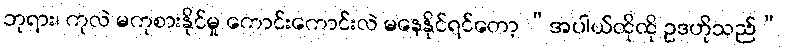
ဘုရား၊ ကုလဲ မကုစားနိုင်မှု ကောင်းကောင်းလဲ မနေနိုင်ရင်တော့ “အပါယ်ထိုထို ဥဒဟိုသည်”